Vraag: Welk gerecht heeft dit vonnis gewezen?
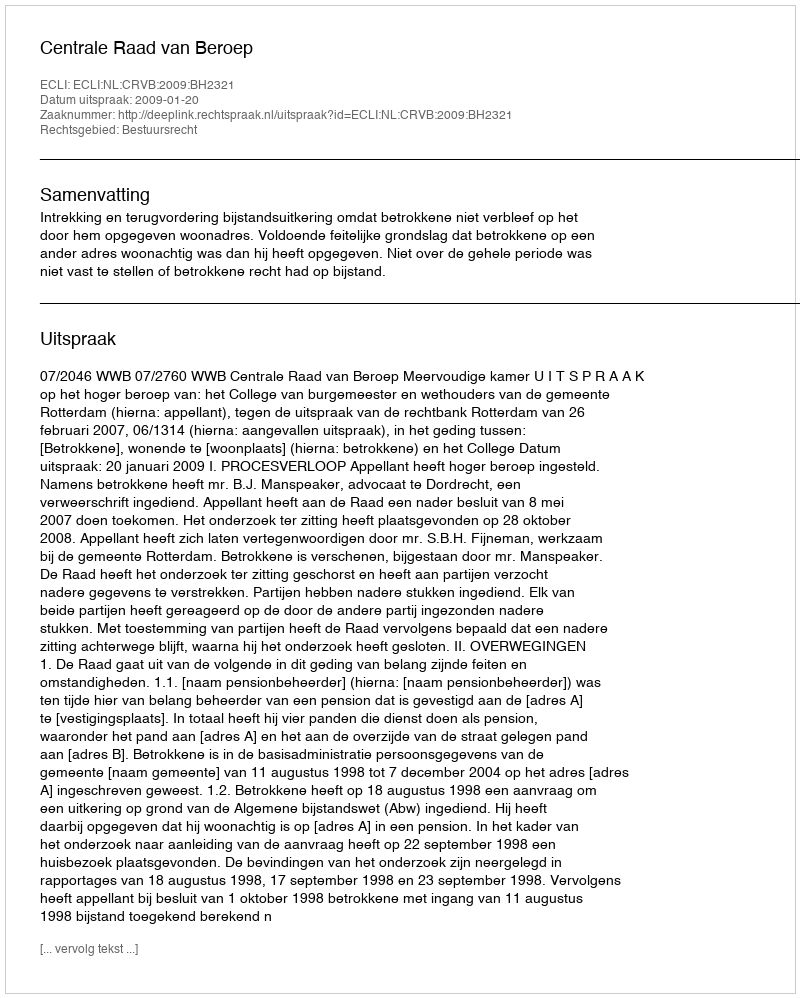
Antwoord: Centrale Raad van Beroep